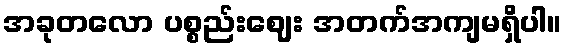
အခုတလော ပစ္စည်းဈေး အတက်အကျမရှိပါ။